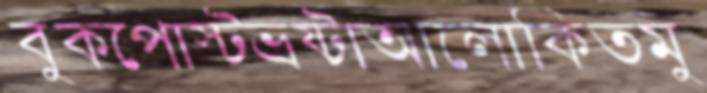
বুকপোস্টভ্রষ্টাআলোকিতমু